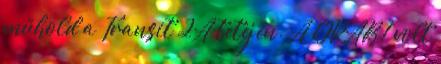
műhold a Transit 2A tetején. A GRAB 1 volt